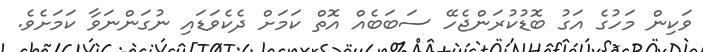
ވަކިން މަހުގެ އަގު ބޮޑުކުރަންޖެހޭ ސަބަބެއް އޮތް ކަމަށް ދެކެވަޑައި ނުގަންނަވާ ކަމަށެވެ.